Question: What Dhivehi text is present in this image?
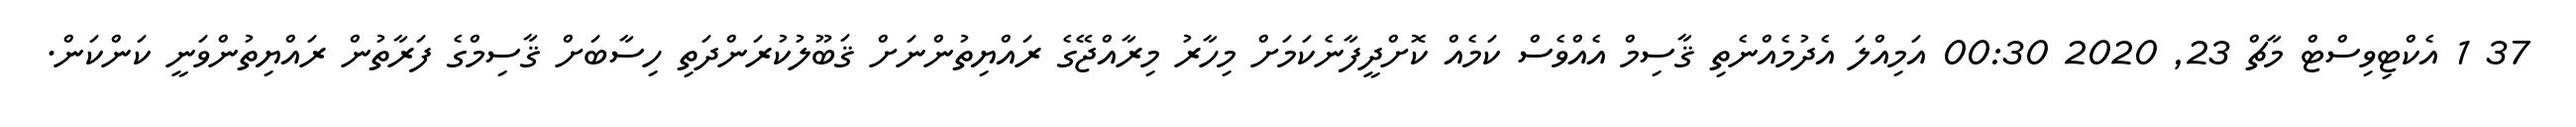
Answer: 37 1 އެކްޓިވިސްޓް މާޗް 23, 2020 00:30 އަމިއްލަ އެދުމެއްނެތި ޤާސިމް އެއްވެސް ކަމެއް ކޮށްދީފާނެކަމަށް މިހާރު މިރާއްޖޭގެ ރައްޔިތުންނަށް ޤަބޫލުކުރަންދަތި ހިސާބަށް ޤާސިމްގެ ފަރާތުން ރައްޔިތުންވަނީ ކަންކަން.